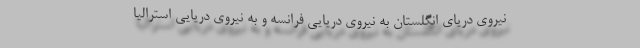
نیروی دریای انگلستان به نیروی دریایی فرانسه و به نیروی دریایی استرالیا